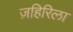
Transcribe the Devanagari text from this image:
ज़हिरिला